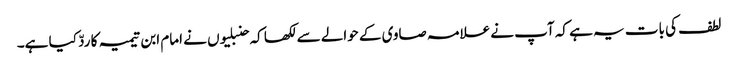
لطف کی بات یہ ہے کہ آپ نے علامہ صاوی کے حوالے سے لکھا کہ حنبلیوں نے امام ابن تیمیہ کا ردّ کیا ہے۔